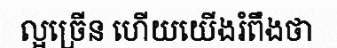
ល្អច្រើន ហើយយើងរំពឹងថា